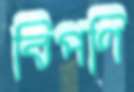
বিপণি